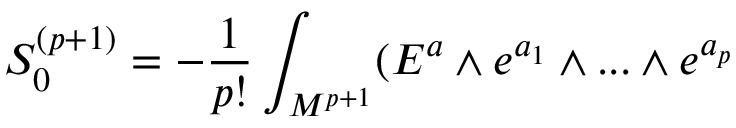
S _ { 0 } ^ { ( p + 1 ) } = - { \frac { 1 } { p ! } } \int _ { { \cal { M } } ^ { p + 1 } } ( E ^ { a } \wedge e ^ { a _ { 1 } } \wedge . . . \wedge e ^ { a _ { p } }